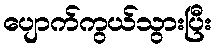
ပျောက်ကွယ်သွားပြီး